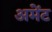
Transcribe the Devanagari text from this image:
अमेंट